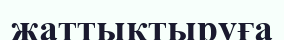
жаттықтыруға